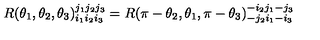
R ( \theta _ { 1 } , \theta _ { 2 } , \theta _ { 3 } ) _ { i _ { 1 } i _ { 2 } i _ { 3 } } ^ { j _ { 1 } j _ { 2 } j _ { 3 } } = R ( \pi - \theta _ { 2 } , \theta _ { 1 } , \pi - \theta _ { 3 } ) _ { - j _ { 2 } i _ { 1 } - i _ { 3 } } ^ { - i _ { 2 } j _ { 1 } - j _ { 3 } }